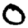
Digit: 0